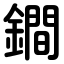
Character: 鐧